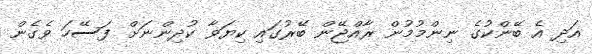
އަދި އެ ބޭންކުގެ ނިންމުމުން ރާއްޖޭން ބޭރުގައި ކިޔަވާ ކުދިންނަށް ފަސޭހަ ވެގެން